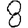
Digit: 8